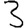
Digit: 3